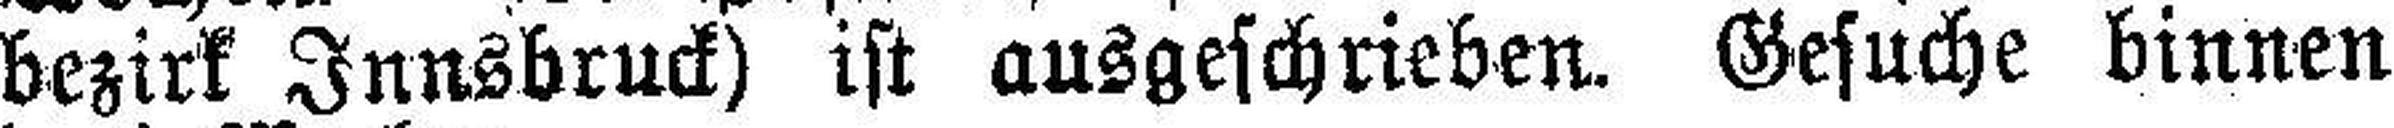
bezirk Innsbruck) ist ausgeschrieben. Gesuche binnen